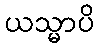
ယသ္မာပိ